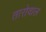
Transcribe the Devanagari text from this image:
तारोवाल